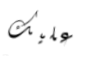
عليك